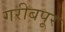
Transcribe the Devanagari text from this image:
गरीबपूर